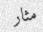
مثار